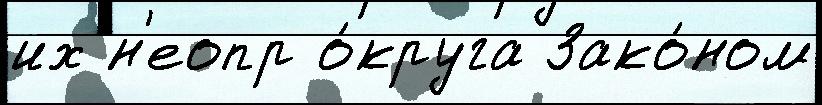
их н'еопр о́круга Зако́ном